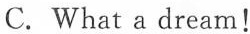
C. What a dream!